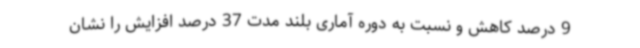
9 درصد کاهش و نسبت به دوره آماری بلند مدت 37 درصد افزایش را نشان